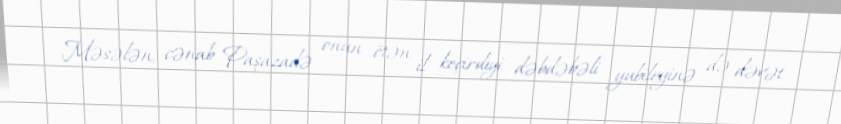
Məsələn, cənab Paşazadə onun ötən il keçirdiyi dəbdəbəli yubileyinə də dəvət